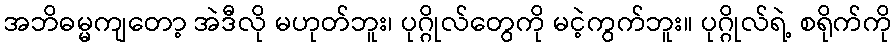
အဘိဓမ္မကျတော့ အဲဒီလို မဟုတ်ဘူး၊ ပုဂ္ဂိုလ်တွေကို မငဲ့ကွက်ဘူး။ ပုဂ္ဂိုလ်ရဲ့ စရိုက်ကို